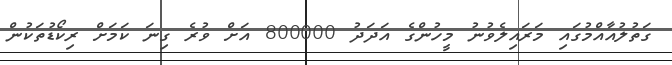
ގަތުލުއާއްމުގައި މަރައިލެވުނު މީހުންގެ އަދަދު 800000 އަށް ވުރެ ގިނަ ކަމަށް ރިކޯޑުތަކުން